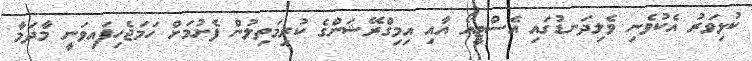
ކުޅިވަރު އެކުވެނި ވެލިދަނޑުގައި އެސްޓީއޯ އާއި އިމިގްރޭޝަންގެ ކުރިމަތިލުން ފެށުމަށް ހަމަޖެހިފައިވަނީ މާދަމާ